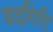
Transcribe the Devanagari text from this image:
यदगिरी